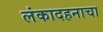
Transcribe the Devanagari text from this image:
लंकादहनाचा